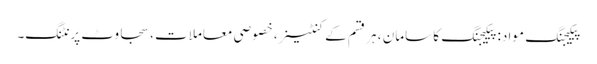
پیکیجنگ مواد: پیکیجنگ کا سامان ، ہر قسم کے کنٹینر ، خصوصی معاملات ، سجاوٹ پرنٹنگ۔